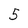
Character: 5